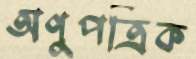
অণুপত্রিক